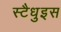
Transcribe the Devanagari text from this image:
स्टैधुइस